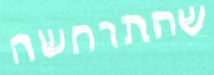
שהתרחשה